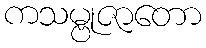
ကသမ္ဗုဇာတော